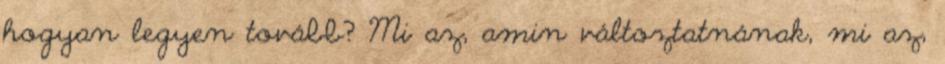
hogyan legyen tovább? Mi az, amin változtatnának, mi az,